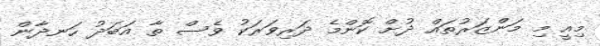
މިއީ މި މަންޒަރުތައް ދުށް ކޮންމެ ދަރިވަރަކު ވެސް ތާ އަބަދު ހަނދާން